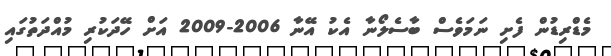
މެޑްރިޑުން ފެށި ނަމަވެސް ބާސެލޯނާ އެކު އޭނާ 2006-2009 އަށް ހޭދަކުރި މުއްދަތުގައި